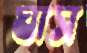
ঘাস